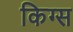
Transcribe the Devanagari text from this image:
किग्स